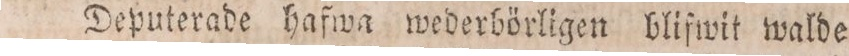
Deputerade hafwa wederbörligen blifwit walde